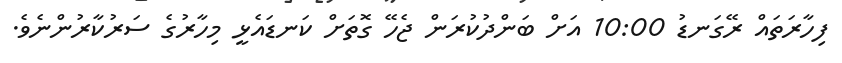
ފިހާރަތައް ރޭގަނޑު 10:00 އަށް ބަންދުކުރަން ޖެހޭ ގޮތަށް ކަނޑައެޅީ މިހާރުގެ ސަރުކާރުންނެވެ.